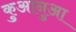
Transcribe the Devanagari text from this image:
कुआनुआ